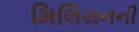
મિલિયનની